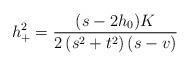
LaTeX: \begin{align*}h_{+}^{2}=\dfrac{(s-2h_{0})K}{2\left( s^{2}+t^{2}\right) \left( s-v\right) } \end{align*}